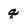
Character: q